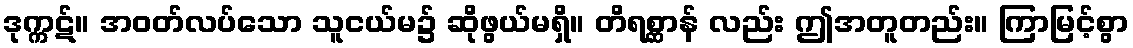
ဒုက္ကဋ်။ အဝတ်လပ်သော သူငယ်မ၌ ဆိုဖွယ်မရှိ။ တိရစ္ဆာန် လည်း ဤအတူတည်း။ ကြာမြင့်စွာ